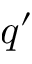
q ^ { \prime }